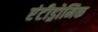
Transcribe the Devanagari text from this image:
एंटीड्रोमिक